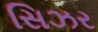
સિઝર